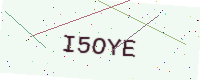
Text: I5OYE